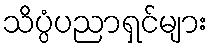
သိပ္ပံပညာရှင်များ